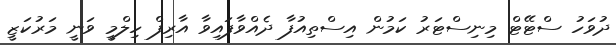
ދުވަހު ސްޓޭޓް މިނިސްޓަރު ކަމުން އިސްތިއުފާ ދެއްވާފައިވާ އާރިފް ހިލްމީ ވަނީ މަރުކަޒީ